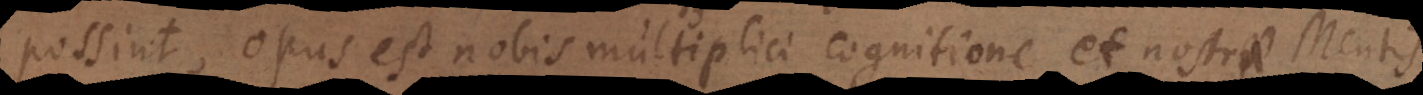
possint, opus est nobis multiplici cognitione et nostrae Mentis